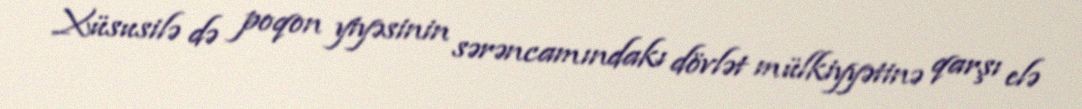
Xüsusilə də poqon yiyəsinin sərəncamındakı dövlət mülkiyyətinə qarşı elə